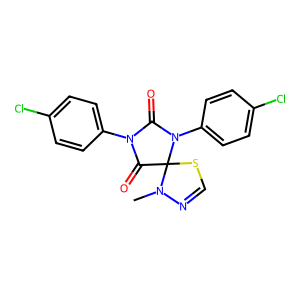
SMILES: CN1N=CSC12C(=O)N(c1ccc(Cl)cc1)C(=O)N2c1ccc(Cl)cc1
Inhibits HIV replication: No